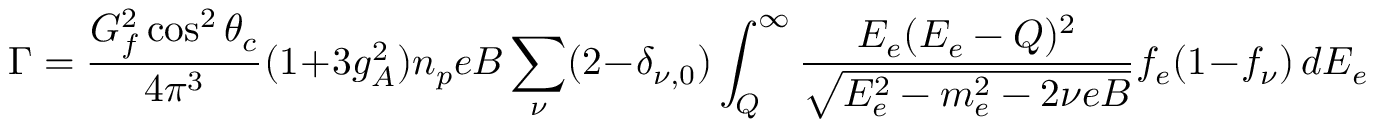
\Gamma = \frac { G _ { f } ^ { 2 } \cos ^ { 2 } \theta _ { c } } { 4 \pi ^ { 3 } } ( 1 + 3 g _ { A } ^ { 2 } ) n _ { p } e B \sum _ { \nu } ( 2 - \delta _ { \nu , 0 } ) \int _ { Q } ^ { \infty } \frac { E _ { e } ( E _ { e } - Q ) ^ { 2 } } { \sqrt { E _ { e } ^ { 2 } - m _ { e } ^ { 2 } - 2 \nu e B } } f _ { e } ( 1 - f _ { \nu } ) \, d E _ { e }